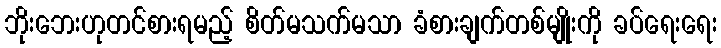
ဘိုးဘေးဟုတင်စားရမည့် စိတ်မသက်မသာ ခံစားချက်တစ်မျိုးကို ခပ်ရေးရေး